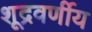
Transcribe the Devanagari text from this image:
शूद्रवर्णीय